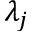
\lambda _ { j }